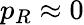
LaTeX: p_{R}\approx 0